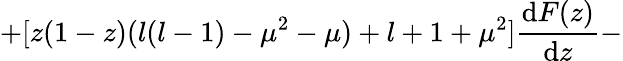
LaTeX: +[z(1-z)(l(l-1)-\mu^{2}-\mu)+l+1+\mu^{2}]\frac{\mathrm{d}F(z)}{\mathrm{d}z}-